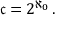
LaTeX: { \mathfrak { c } } = 2 ^ { \aleph _ { 0 } } \, .